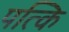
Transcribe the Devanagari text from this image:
पत्कि